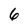
Character: 6